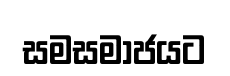
සමසමාජයට